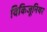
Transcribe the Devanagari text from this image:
विकिजूनियर